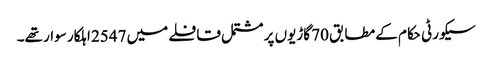
سیکورٹی حکام کے مطابق 70 گاڑیوں پر مشتمل قافلے میں 2547 اہلکار سوار تھے۔